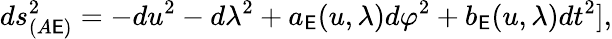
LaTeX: ds_{(A\mathsf{E})}^{2}=-du^{2}-d\lambda^{2}+a_{\mathsf{E}}(u,\lambda)d\varphi^{2}+b_{\mathsf{E}}(u,\lambda)dt^{2}],